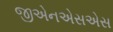
જીએનએસએસ